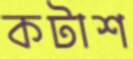
কটাশ